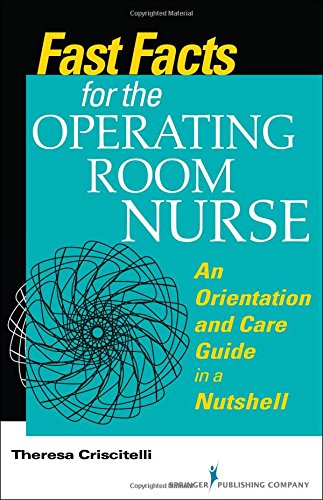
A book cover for Fast Facts for the Operating Room Nurse: An Orientation and Care Guide in a Nutshell; Theresa Criscitelli EdD  RN  CNOR; Medical Books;